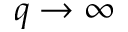
q \rightarrow \infty